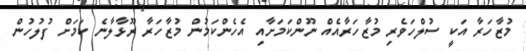
މުޒާހަރާ އަކީ ސުލްހަވެރި މުޒާހަރާއެއް ނޫންކަމަށާއި އެހެންކަމުން މުޒާހަރާ ރޫޅާލާނެ ކަމަށް ފުލުހުން